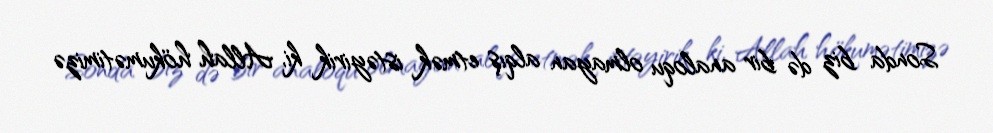
Sonda biz də bir analoqu olmayan alqış etmək istəyirik ki, Allah hökumətimizə